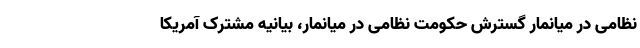
نظامی در میانمار گسترش حکومت نظامی در میانمار، بیانیه مشترک آمریکا